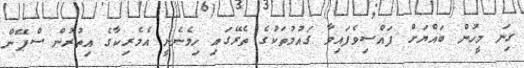
ގިނަ މީހުން ބައްޔަށް ފައްސިވެފައިވާ ގައުމުތަކުގެ ތެރޭގައި ހިމެނެނީ އެމެރިކާގެ އިތުރުން ސްޕޭން